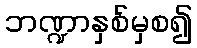
ဘဏ္ဍာနှစ်မှစ၍